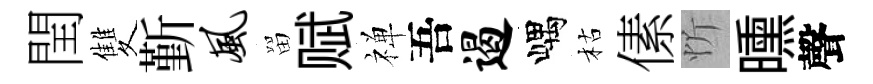
閏雙斳风㽞赋禅吾遏嵎枯傃忻曛聲